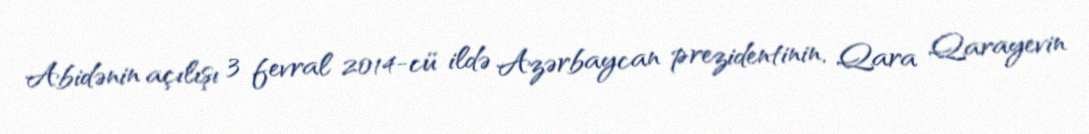
Abidənin açılışı 3 fevral 2014-cü ildə Azərbaycan prezidentinin, Qara Qarayevin